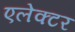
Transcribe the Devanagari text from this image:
एलेक्टर